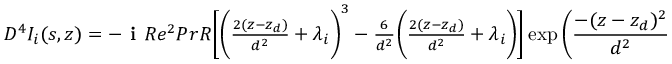
\begin{array} { r } { D ^ { 4 } I _ { i } ( s , z ) = - \textbf { i } R e ^ { 2 } P r R \Bigg [ \bigg ( \frac { 2 ( z - z _ { d } ) } { d ^ { 2 } } + \lambda _ { i } \bigg ) ^ { 3 } - \frac { 6 } { d ^ { 2 } } \bigg ( \frac { 2 ( z - z _ { d } ) } { d ^ { 2 } } + \lambda _ { i } \bigg ) \Bigg ] \exp \bigg ( \displaystyle \frac { - ( z - z _ { d } ) ^ { 2 } } { d ^ { 2 } } \bigg ) \exp ( - \lambda _ { i } z ) } \end{array}